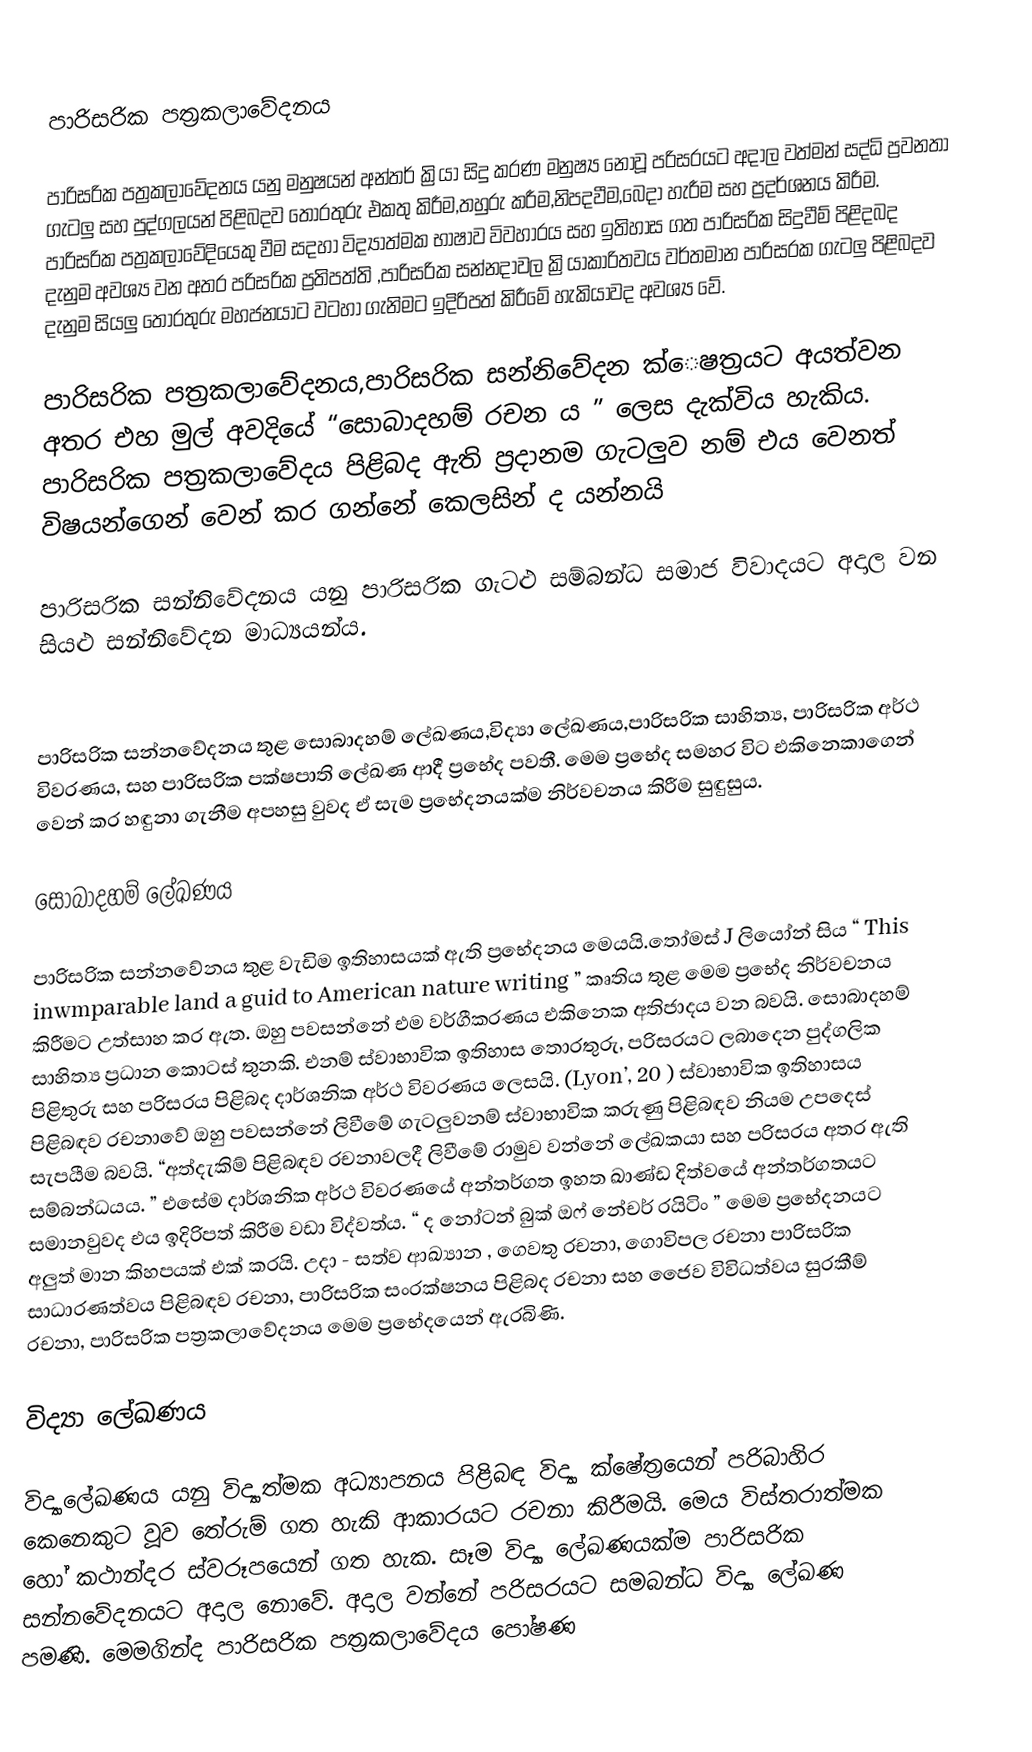

පාරිසරික පත්‍රකලාවේදනය

පාරිසරික පත්‍රකලාවේදනය යනු මනුෂයන් අන්තර් ක්‍රියා සිදු කරණ මනුෂ්‍ය නොවූ පරිසරයට අදාල වත්මන් සද්ධි ප්‍රවනතා ගැටලු සහ පුද්ගලයන් පිළිබදව තොරතුරු එකතු කිරීම,තහුරු කරීම,නිපදවීම,බෙදා හැරීම සහ ප්‍රදර්ශනය කිරීම. පාරිසරික පත්‍රකලාවේදියෙකු වීම සදහා විද්‍යාත්මක භාෂාව විවහාරය සහ ඉතිහාස ගත පාරිසරික සිදුවීම් පිළිදබද දැනුම  අවශ්‍ය වන අතර පරිසරික ප්‍රතිපත්ති ,පාරිසරික සන්නදාවල ක්‍රියාකාරිතවය  වර්තමාන  පාරිසරක ගැටලු පිළිබදව දැනුම සියලු තොරතුරු මහජනයාට වටහා ගැනිමට ඉදිරිපත් කිරීමේ හැකියාවද අවශ්‍ය වේ.

පාරිසරික පත්‍රකලාවේදනය,පාරිසරික සන්නිවේදන ක්ෙෂත්‍රයට අයත්වන අතර එහ මුල් අවදියේ “සොබාදහම් රචන ය ” ලෙස දැක්විය හැකිය. පාරිසරික පත්‍රකලාවේදය පිළිබද ඇති ප්‍රදානම ගැටලුව නම් එය වෙනත් විෂයන්ගෙන් වෙන් කර ගන්නේ කෙලසින් ද යන්නයි

පාරිසරික සන්නිවේදනය යනු පාරිසරික ගැටළු සම්බන්ධ සමාජ විවාදයට අදාල වන සියළු සන්නිවේදන මාධ්‍යයන්ය.

පාරිසරික සන්නවේදනය තුළ සොබාදහම් ලේඛණය,විද්‍යා ලේඛණය,පාරිසරික සාහිත්‍ය, පාරිසරික අර්ථ විවරණය, සහ පාරිසරික පක්ෂපාති ලේඛණ ආදී ප්‍රභේද පවතී. මෙම ප්‍රභේද සමහර විට එකිනෙකාගෙන් වෙන් කර හඳුනා ගැනීම අපහසු වුවද ඒ සැම ප්‍රභේදනයක්ම නිර්වචනය කිරීම සුඳුසුය.

සොබාදහම් ලේඛණය

පාරිසරික සන්නවේනය තුළ වැඩිම ඉතිහාසයක් ඇති ප්‍රභේදනය මෙයයි.තෝමස් J ලියෝන් සිය “ This inwmparable land a guid to American nature writing ” කෘතිය තුළ මෙම ප්‍රභේද නිර්වචනය කිරීමට උත්සාහ කර ඇත. ඔහු පවසන්නේ එම වර්ගීකරණය එකිනෙක අතිජාදය වන බවයි. සොබාදහම් සාහිත්‍ය ප්‍රධාන කොටස් තුනකි. එනම් ස්වාභාවික ඉතිහාස තොරතුරු, පරිසරයට ලබාදෙන පුද්ගලික පිළිතුරු සහ පරිසරය පිළිබද දාර්ශනික අර්ථ විවරණය ලෙසයි. (Lyon’, 20 ) ස්වාභාවික ඉතිහාසය  පිළිබඳව රචනාවේ ඔහු පවසන්නේ ලිවීමේ ගැටලුවනම් ස්වාභාවික කරුණු  පිළිබඳව නියම උපදෙස් සැපයීම බවයි. “අත්දැකිම් පිළිබඳව රචනාවලදී ලිවීමේ රාමුව වන්නේ ලේඛකයා සහ පරිසරය අතර ඇති සම්බන්ධයය. ” එසේම දාර්ශනික අර්ථ විවරණයේ අන්තර්ගත ඉහත ඛාණ්ඩ දිත්වයේ අන්තර්ගතයට සමානවුවද එය ඉදිරිපත් කිරීම වඩා විද්වත්ය. “ ද නෝටන් බුක් ඔෆ් නේචර් රයිටිං ”  මෙම ප්‍රභේදනයට අලුත් මාන කිහපයක් එක් කරයි. උදා - සත්ව ආඛ්‍යාන , ගෙවතු රචනා, ගොවිපල රචනා පාරිසරික සාධාරණත්වය පිළිබඳව රචනා, පාරිසරික සංරක්ෂනය පිළිබද රචනා සහ ජෛව විවිධත්වය සුරකීම් රචනා, පාරිසරික පත්‍රකලාවේදනය මෙම ප්‍රභේදයෙන් ඇරබිණි.

විද්‍යා ලේඛණය

විද්‍යාලේඛණය යනු විද්‍යාත්මක අධ්‍යාපනය පිළිබඳ විද්‍යා ක්ෂේත්‍රයෙන් පරිබාහිර කෙනෙකුට වූව තේරුම් ගත හැකි ආකාරයට රචනා කිරීමයි. මෙය විස්තරාත්මක හෝ කථාන්දර ස්වරූපයෙන් ගත හැක. සෑම විද්‍යා ලේඛණයක්ම පාරිසරික සන්නවේදනයට අදාල නොවේ. අදාල වන්නේ පරිසරයට සමබන්ධ විද්‍යා ලේඛණ පමණි. මෙමගින්ද පාරිසරික පත්‍රකලාවේදය පෝෂණ